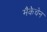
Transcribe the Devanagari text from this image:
मैकेचेन